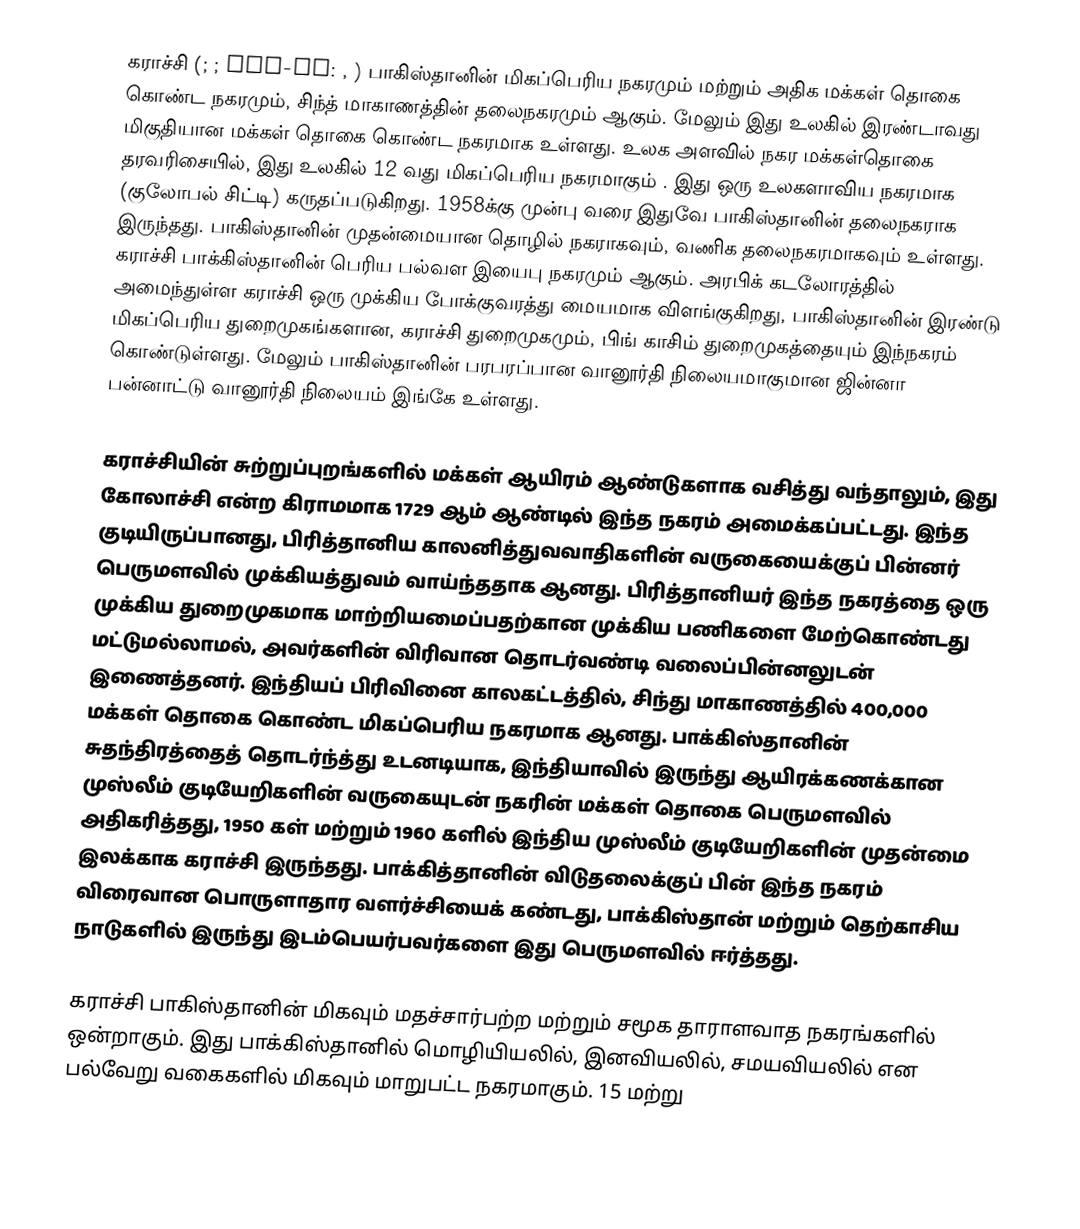
கராச்சி (; ; ALA-LC: , )  பாகிஸ்தானின் மிகப்பெரிய நகரமும் மற்றும் அதிக மக்கள் தொகை கொண்ட நகரமும்,  சிந்த் மாகாணத்தின் தலைநகரமும் ஆகும். மேலும் இது உலகில் இரண்டாவது மிகுதியான மக்கள் தொகை கொண்ட நகரமாக உள்ளது. உலக அளவில் நகர மக்கள்தொகை தரவரிசையில், இது உலகில் 12 வது மிகப்பெரிய நகரமாகும் . இது ஒரு உலகளாவிய நகரமாக (குலோபல் சிட்டி) கருதப்படுகிறது. 1958க்கு முன்பு வரை இதுவே பாகிஸ்தானின் தலைநகராக இருந்தது. பாகிஸ்தானின் முதன்மையான தொழில் நகராகவும், வணிக தலைநகரமாகவும் உள்ளது. கராச்சி பாக்கிஸ்தானின் பெரிய பல்வள இயைபு நகரமும் ஆகும்.  அரபிக் கடலோரத்தில் அமைந்துள்ள கராச்சி ஒரு முக்கிய போக்குவரத்து மையமாக விளங்குகிறது, பாகிஸ்தானின் இரண்டு மிகப்பெரிய துறைமுகங்களான, கராச்சி துறைமுகமும், பிங் காசிம் துறைமுகத்தையும் இந்நகரம் கொண்டுள்ளது. மேலும் பாகிஸ்தானின் பரபரப்பான வானூர்தி நிலையமாகுமான ஜின்னா பன்னாட்டு வானூர்தி நிலையம் இங்கே உள்ளது.

கராச்சியின் சுற்றுப்புறங்களில் மக்கள் ஆயிரம் ஆண்டுகளாக வசித்து வந்தாலும், இது கோலாச்சி  என்ற கிராமமாக 1729 ஆம் ஆண்டில் இந்த நகரம் அமைக்கப்பட்டது.   இந்த குடியிருப்பானது, பிரித்தானிய காலனித்துவவாதிகளின் வருகையைக்குப் பின்னர் பெருமளவில் முக்கியத்துவம் வாய்ந்ததாக ஆனது. பிரித்தானியர் இந்த நகரத்தை ஒரு முக்கிய துறைமுகமாக மாற்றியமைப்பதற்கான முக்கிய பணிகளை மேற்கொண்டது மட்டுமல்லாமல், அவர்களின் விரிவான தொடர்வண்டி வலைப்பின்னலுடன் இணைத்தனர். இந்தியப் பிரிவினை காலகட்டத்தில், சிந்து மாகாணத்தில் 400,000 மக்கள் தொகை கொண்ட மிகப்பெரிய நகரமாக  ஆனது. பாக்கிஸ்தானின் சுதந்திரத்தைத் தொடர்ந்த்து உடனடியாக, இந்தியாவில் இருந்து ஆயிரக்கணக்கான முஸ்லீம் குடியேறிகளின் வருகையுடன் நகரின் மக்கள் தொகை பெருமளவில் அதிகரித்தது,  1950 கள் மற்றும் 1960 களில் இந்திய முஸ்லீம் குடியேறிகளின் முதன்மை இலக்காக கராச்சி இருந்தது.   பாக்கித்தானின் விடுதலைக்குப் பின் இந்த நகரம் விரைவான பொருளாதார வளர்ச்சியைக் கண்டது, பாக்கிஸ்தான் மற்றும் தெற்காசிய நாடுகளில் இருந்து இடம்பெயர்பவர்களை இது பெருமளவில் ஈர்த்தது.

கராச்சி பாகிஸ்தானின் மிகவும் மதச்சார்பற்ற மற்றும் சமூக தாராளவாத நகரங்களில் ஒன்றாகும்.   இது பாக்கிஸ்தானில் மொழியியலில், இனவியலில், சமயவியலில் என  பல்வேறு வகைகளில் மிகவும் மாறுபட்ட நகரமாகும். 15 மற்று